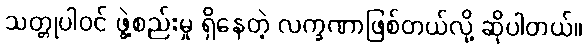
သတ္တုပါဝင် ဖွဲ့စည်းမှု ရှိနေတဲ့ လက္ခဏာဖြစ်တယ်လို့ ဆိုပါတယ်။